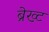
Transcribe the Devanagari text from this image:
ब्रेख्ट